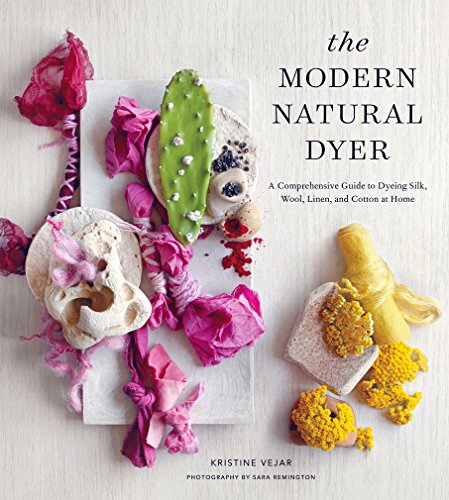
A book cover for The Modern Natural Dyer: A Comprehensive Guide to Dyeing Silk, Wool, Linen, and Cotton at Home; Kristine Vejar; Crafts, Hobbies & Home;